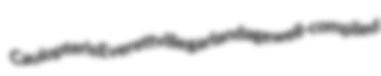
Caulopteris Everettville garlandage well-compiled